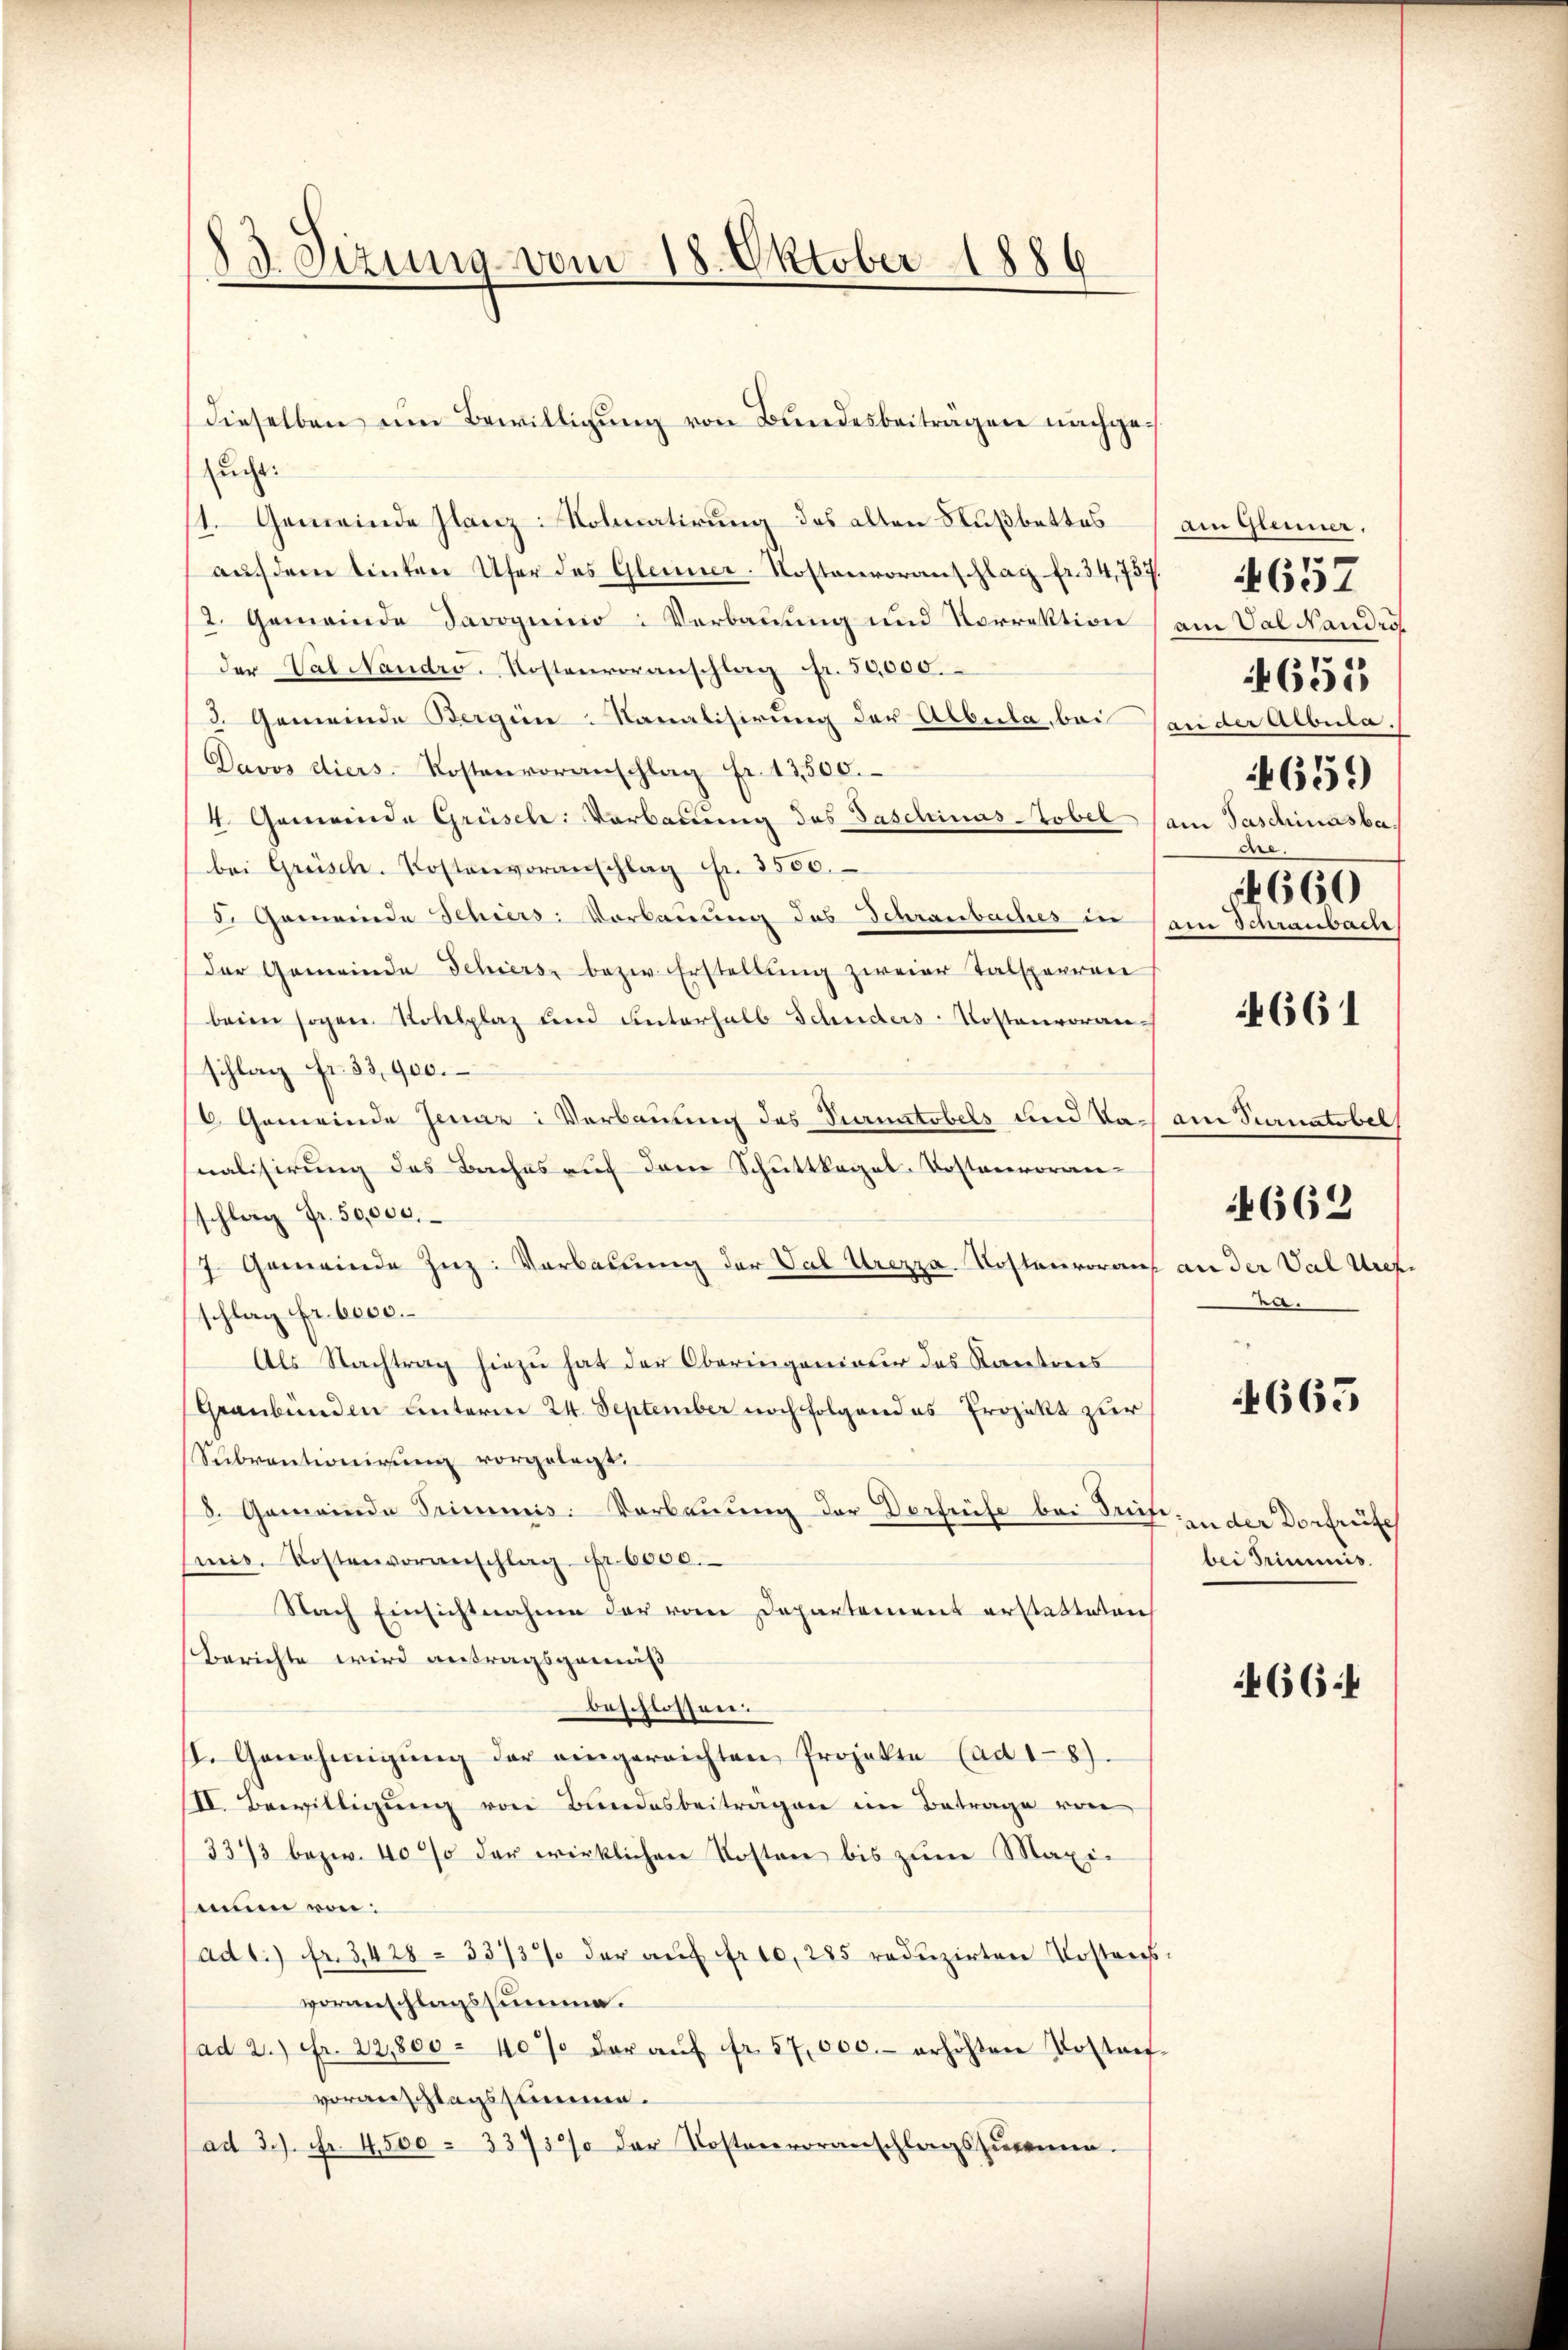
Sizung vom 18. Oktober 1886

sucht.
1. Gemeinde Glanz: Nobatirung des alten Nußbettes am Gleiner.
auf dem tinten Ufer des Gleiner-Kostenvoranschlag fr. 34,757.
2. Gemeinde Davoguinio: Verbauung und Vorrektion am Val Nandroh
der Val Nandro. Kostenvoranschlag Fr. 50,000.
3. Gemeinde Bergien-Nanalisirung der Albula bei Tander Albula.
Davos diers-Kostenvoranschlag Fr. 12,500.
4. Gemeinde Grüsch: Verbauung des Taschinas-Tobel (am Taschinasbar.
bei Grüsch. Kostenvoranschlag in 2500.
5. Gemeinde Schiers: Vorbauung des Schraubuches in am Schraubache
der Gemeinde Schiers bezw. Erstellŭng zweier Talsperren
beim sogen Rollplaz und unterhalb Schuders-Kostenvoranschlag fr. 33,900.
(6. Gemeinde Jenaz: Verbauung des Vernatobels und Dach am Sanatobel
nalisirung des Baches auf dem Schuttkegel. Kostenvoranschlag Fr. 50,000.
7. Gemeinde Zuz: Verbauung der Val Urezza Kostenvorauf an der Val Uref.
schlag Fr. 6000.
Als Nachtrag hiezu hat der Oberingeniatur das Kantons
Graubünden unterm 24. September noch folgendes Projekt zur
Subventionirung vorgelegt.
8. Gemeinde Trimmis: Verbauung der Dorfrüfe bei Seif, in der Dorfrüfe
mis. Kostenvoranschlag Fr. 6000.
Nach Einsichtnahme der vom Departement erstatte leich
Berichte wird antragsgemeß
beschlen.
I. Genehmigŭng der eingereichten Projekte (ad 18).
II. Bewilligung von Bundesbeiträgen im Betrage von
3373 bezw. 40% der wirklichen Kosten bis zum Maxi-
sium von:
ad1.) Fr. 3428 - 33737 der auf fr. 10, 285 reduzirten Kostensvoranschlagssumme.
(ad 2.) Fr. 22,800 - 40% der aŭf fr. 57,000.- erhöhten Postant-
voranschlagssumme.
ad 3./. Fr. 4500 - 3373% der Kostenvoranschlagssummen.

dieselben um Bewilligŭng von Bundesbeiträgen nachge¬

659)
me.
No 660

4657

4651

4661

.

4662

665

bei Trimmis

466.4